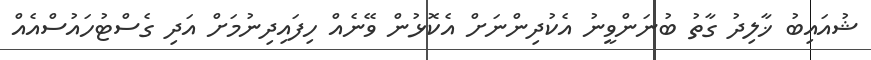
ޝުއައިބު ޚާލިދު ގާތު ބުނަންވީނު އެކުދިންނަށް އެކޮޅުން ވޭނެއް ހިފައިދިނުމަށް އަދި ގެސްޓުހައުސްއެއް